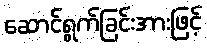
ဆောင်ရွက်ခြင်းအားဖြင့်